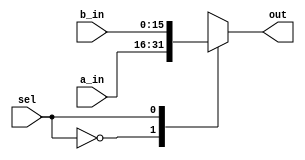
//*******************************************************************************************************************************************************/
//  Module Name: mult
//  Module Type: Multiplexer
//  Purpose: Multiplexers for Neptune I v3.0
//  Description: Combinatorial 2 to 1 and 4 to 1 multiplexers for use in Neptune I v3.0.
//*******************************************************************************************************************************************************/

module mult_2_to_1(sel, a_in, b_in, out);

	// Parameter Definitions

	parameter width = 'd16; // Data Width

	// Inputs

	input wire sel;
	input wire [width-1:0] a_in, b_in;

	// Outputs

	output reg [width-1:0] out;

	// Multiplexing Block

	always@(sel, a_in, b_in) begin
		case(sel) // synthesis parallel_case
			1'b0: out [width-1:0] = a_in [width-1:0];
			1'b1: out [width-1:0] = b_in [width-1:0];
			default: out [width-1:0] = {width{1'b0}};
		endcase
	end

endmodule

module mult_4_to_1(sel, a_in, b_in, c_in, d_in, out);

	// Parameter Definitions

	parameter width = 'd16; // Data Width

	// Inputs

	input wire [1:0] sel;
	input wire [width-1:0] a_in, b_in, c_in, d_in;

	// Outputs

	output reg [width-1:0] out;

	// Multiplexing Block

	always@(sel, a_in, b_in, c_in, d_in) begin
		case(sel) // synthesis parallel_case
			2'b00: out [width-1:0] = a_in [width-1:0];
			2'b01: out [width-1:0] = b_in [width-1:0];
			2'b10: out [width-1:0] = c_in [width-1:0];
			2'b11: out [width-1:0] = d_in [width-1:0];
			default: out [width-1:0] = {width{1'b0}};
		endcase
	end

endmodule